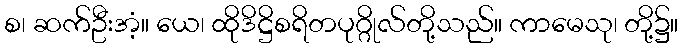
စ၊ ဆက်ဦးအံ့။ ယေ၊ ထိုဒိဋ္ဌိစရိတပုဂ္ဂိုလ်တို့သည်။ ကာမေသု၊ တို့၌။